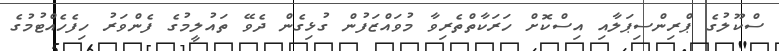
ސްކޫލުގެ ޕްރިންސިޕަލާއި އިސްކޮށް ހަރަކާތްތެރިވާ މުވައްޒަފުން ގުޅިގެން ދެވޭ ތައުލީމުގެ ފެންވަރު ހިފެހެއްޓުމުގެ